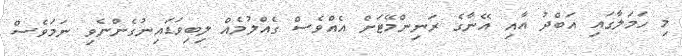
މި ހަމަލާގައި އަބްދު އާއި އޭނާގެ ރަނިންމޭޓަށް އެއްވެސް ގެއްލުމެއް ލިބިވަޑައިނުގެންނެވި ނަމަވެސް